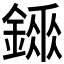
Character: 𨪼